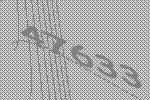
47633